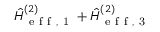
\hat { H } _ { \mathrm { ~ e ~ f ~ f ~ , ~ 1 ~ } } ^ { ( 2 ) } + \hat { H } _ { \mathrm { ~ e ~ f ~ f ~ , ~ 3 ~ } } ^ { ( 2 ) }